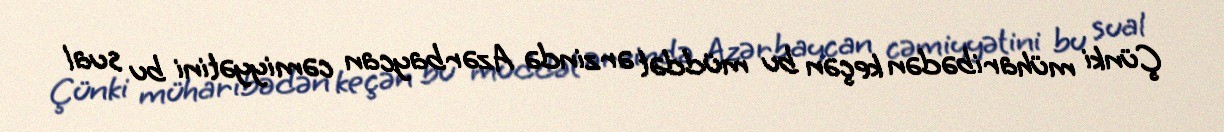
Çünki müharibədən keçən bu müddət ərzində Azərbaycan cəmiyyətini bu sual